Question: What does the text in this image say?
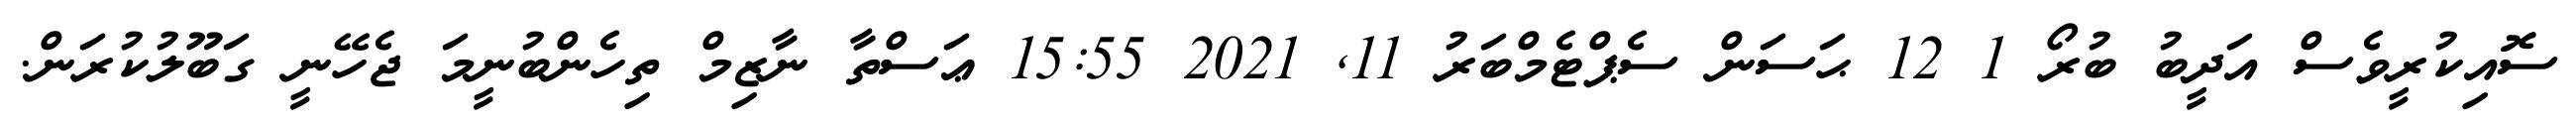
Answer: ސޮއިކުރީވެސް އަދީބު ބުރޯ 1 12 ޙަސަން ސެޕްޓެމްބަރު 11, 2021 15:55 ޢަސްތާ ނާޒިމް ތިހެންބުނީމަ ޖެހޭނީ ގަބޫލުކުރަން.